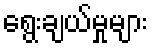
ရွေးချယ်မှုများ